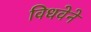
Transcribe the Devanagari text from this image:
विधवेने